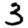
Digit: 3